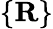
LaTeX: \{ \mathbf R\}